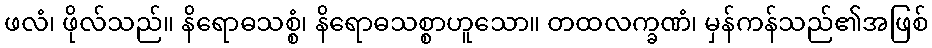
ဖလံ၊ ဖိုလ်သည်။ နိရောဓသစ္စံ၊ နိရောဓသစ္စာဟူသော။ တထလက္ခဏံ၊ မှန်ကန်သည်၏အဖြစ်